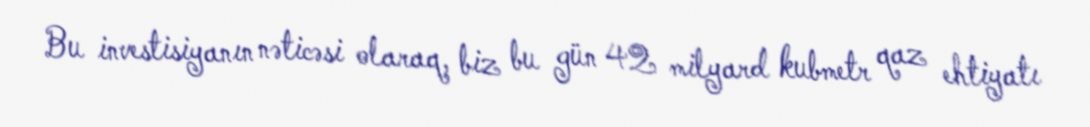
Bu investisiyanın nəticəsi olaraq, biz bu gün 42 milyard kubmetr qaz ehtiyatı